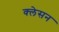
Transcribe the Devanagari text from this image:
क्‍लेसन